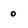
Character: 0